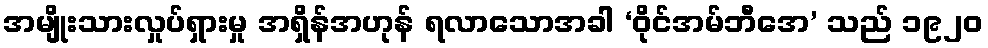
အမျိုးသားလှုပ်ရှားမှု အရှိန်အဟုန် ရလာသောအခါ ‘ဝိုင်အမ်ဘီအေ’ သည် ၁၉၂၀